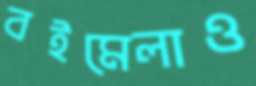
বইমেলাও